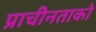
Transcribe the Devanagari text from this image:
प्राचीनताको